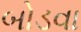
બોડવા